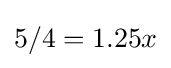
5/4=1.25x